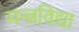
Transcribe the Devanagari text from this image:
मन्त्रविद्या